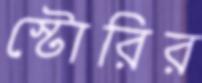
স্টোরির